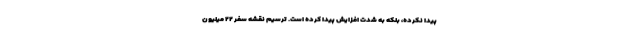
پیدا نکرده، بلکه به شدت افزایش پیدا کرده است. ترسیم نقشه سفر ۲۲ میلیون